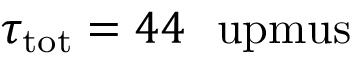
\tau _ { \mathrm { t o t } } = 4 4 ~ \mathrm { \ u p m u s }